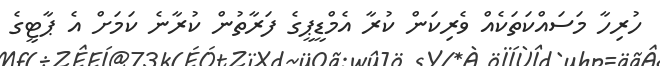
ހުރިހާ މަސައްކަތަކެއް ވެރިކަން ކުރާ އެމްޑީޕީގެ ފަރާތުން ކުރާނެ ކަމަށް އެ ޕާޓީގެ